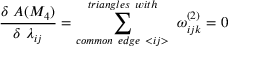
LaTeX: \frac { \delta ~ A ( M _ { 4 } ) } { \delta ~ \lambda _ { i j } } = \sum _ { c o m m o n ~ e d g e ~ < i j > } ^ { t r i a n g l e s ~ w i t h } ~ \omega _ { i j k } ^ { ( 2 ) } = 0